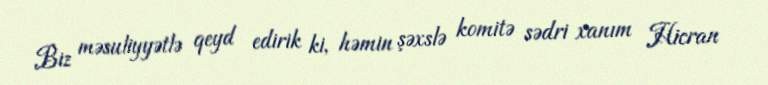
Biz məsuliyyətlə qeyd edirik ki, həmin şəxslə komitə sədri xanım Hicran